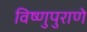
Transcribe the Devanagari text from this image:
विष्णुपुराणे